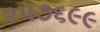
૨૫૭૬૯૯